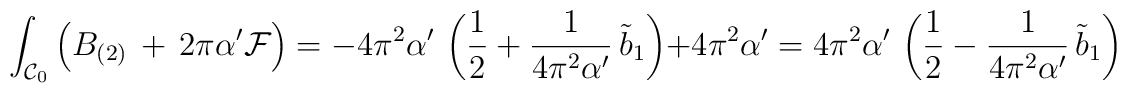
\int_{{\cal C}_0} \left(B_{(2)} \,+\, 2 \pi \alpha'  {\cal F}\right) =- 4 \pi^2 \alpha'\,\left(\frac{1}{2}  + \frac{1}{4 \pi^2\alpha'}\,\tilde{b}_1 \right) + 4 \pi^2 \alpha' = 4 \pi^2 \alpha'\,\left(\frac{1}{2} - \frac{1}{4 \pi^2\alpha'} \, \tilde{b}_1 \right)